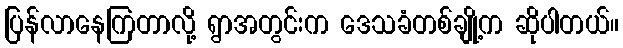
ပြန်လာနေကြတာလို့ ရွာအတွင်းက ဒေသခံတစ်ချို့က ဆိုပါတယ်။